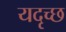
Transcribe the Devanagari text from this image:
यदृच्छ